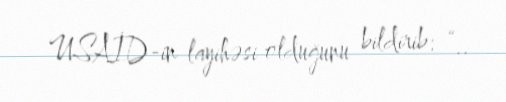
USAİD-in layihəsi olduğunu bildirib: “..